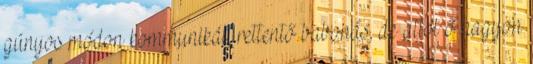
gúnyos módon kommunikál, rettentő babonás, de attól ő nagyon